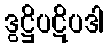
ဒွဋ္ဌိပဋိပဒါ